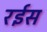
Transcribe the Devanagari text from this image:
रर्इस